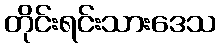
တိုင်းရင်းသားဒေသ